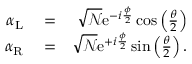
\begin{array} { r l r } { \alpha _ { \mathrm { L } } } & { { } = } & { \sqrt { { \mathcal N } } \mathrm { e } ^ { - i \frac { \phi } { 2 } } \cos \left( \frac { \theta } { 2 } \right) } \\ { \alpha _ { \mathrm { R } } } & { { } = } & { \sqrt { { \mathcal N } } \mathrm { e } ^ { + i \frac { \phi } { 2 } } \sin \left( \frac { \theta } { 2 } \right) . } \end{array}